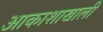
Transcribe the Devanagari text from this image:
आकाशाखाली